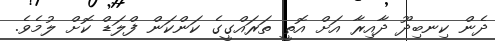
ދެން ކިނބިދޫ ދާއިރާ އަށް އޮތީ ތަރައްގީގެ ކަންކަން ފްލަޑް ކޮށް ލުމެވެ.